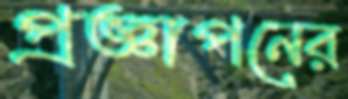
প্রজ্ঞাপনের